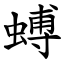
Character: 䗚